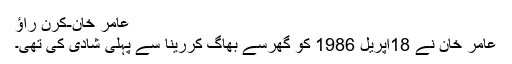
عامر خان-کرن راؤ
عامر خان نے 18اپریل 1986 کو گھرسے بھاگ کررینا سے پہلی شادی کی تھی۔